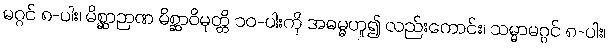
မဂ္ဂင် ၈-ပါး၊ မိစ္ဆာဉာဏ မိစ္ဆာဝိမုတ္တိ ၁၀-ပါးကို အဓမ္မဟူ၍ လည်းကောင်း၊ သမ္မာမဂ္ဂင် ၈-ပါး၊